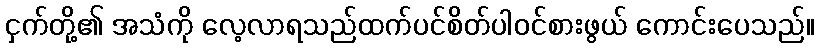
ငှက်တို့၏ အသံကို လေ့လာရသည်ထက်ပင်စိတ်ပါဝင်စားဖွယ် ကောင်းပေသည်။